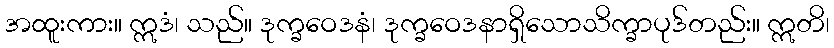
အထူးကား။ ဣဒံ၊ သည်။ ဒုက္ခဝေဒနံ၊ ဒုက္ခဝေဒနာရှိသောသိက္ခာပုဒ်တည်း။ ဣတိ၊